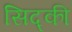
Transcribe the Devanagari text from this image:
सिद्की